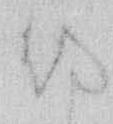
侍